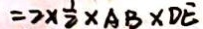
= 2 \times \frac { 1 } { 2 } \times A B \times D E